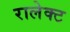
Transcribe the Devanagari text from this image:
रालेक्ट